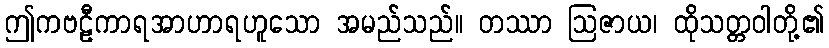
ဤကဗဠီကာရအာဟာရဟူသော အမည်သည်။ တဿာ ဩဇာယ၊ ထိုသတ္တဝါတို့၏